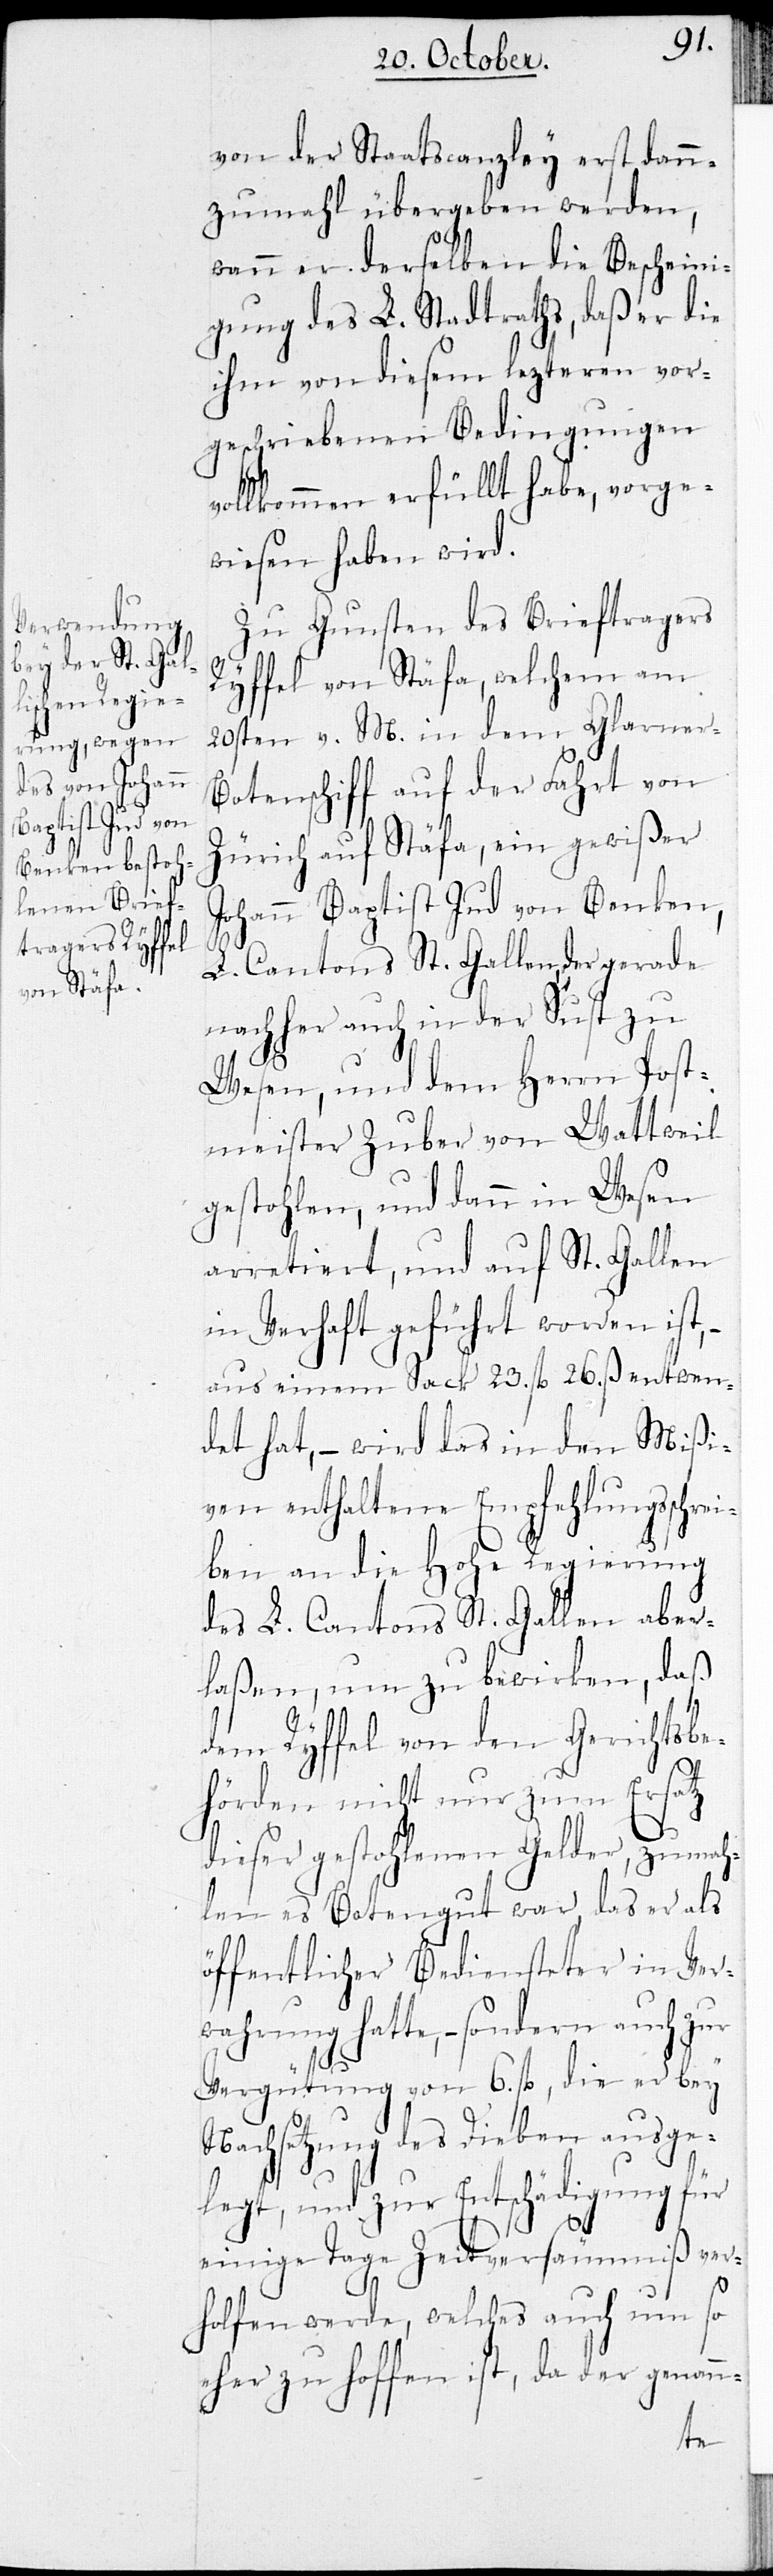
von der Staatscanzley erst dann¬
zumahl übergeben werden,
wenn er derselben die Bescheini¬
gung des L. Stadtraths, daß er die
ihm von diesem lezteren vor¬
geschriebenen Bedingungen
vollkommen erfüllt habe, vorge¬
wiesen haben wird.
Zu Gunsten des Brieftragers
Ryffel von Stäfa, welchem am
20sten v. M. in dem Glarner-B¬
otenschiff auf der Fahrt von
Zürich auf Stäfa, ein gewißer
Johann Baptist Jud von Benken,
L. Cantons St. Gallen, der gerade
nachher auch in der Sust zu
Wesen, und dem Herrn Post¬
meister Zuber von Wattwil
gestohlen, und dann in Wesen
arretiert, und auf St. Gallen
in Verhaft geführt worden ist, –
aus einem Sack 23. fl. 26. ß entwen¬
det hat, – wird das in den Mißi¬
ven enthaltene Empfehlungsschre¬
iben an die Hohe Regierung
des L. Cantons St. Gallen aber¬
laßen, um zu bewirken, daß
dem Ryffel von den Gerichtsbe¬
hörden nicht nur zum Ersatz
dieser gestohlenen Gelder, zumah¬
len es Botengut war, das er als
öffentlicher Bediensteter in Ver¬
wahrung hatte, – sondern auch zur
Vergütung von 6. fl., die er bey
Nachsetzung des Dieben ausge¬
legt, und zur Entschädigung für
einige Tage Zeitversäumnis ver¬
holfen werde, welches auch um so
eher zu hoffen ist, da der genann-